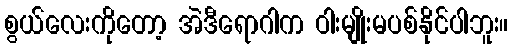
စွယ်လေးကိုတော့ အဲဒီရောဂါက ဝါးမျိုးမပစ်နိုင်ပါဘူး။